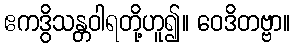
ဧကဒွိသန္တဝါရတို့ဟူ၍။ ဝေဒိတဗ္ဗာ။